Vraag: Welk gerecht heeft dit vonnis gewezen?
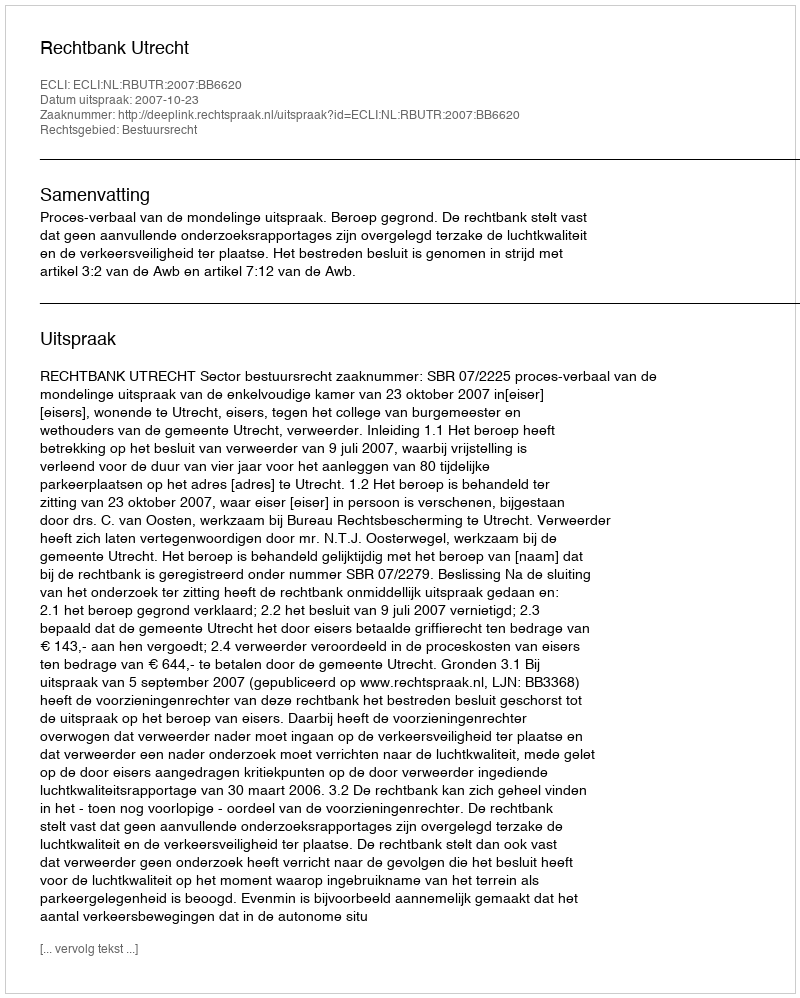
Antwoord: Rechtbank Utrecht